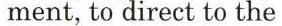
ment, to direct to the